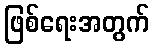
ဖြစ်ရေးအတွက်